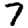
Digit: 7